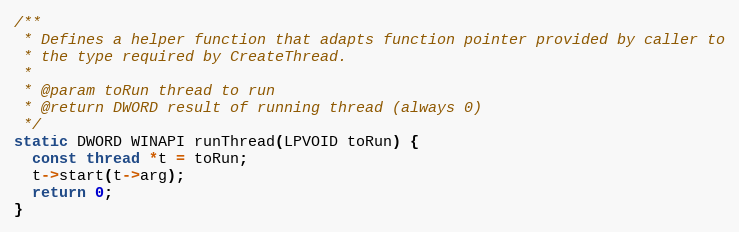
Language: C
/**
 * Defines a helper function that adapts function pointer provided by caller to
 * the type required by CreateThread.
 *
 * @param toRun thread to run
 * @return DWORD result of running thread (always 0)
 */
static DWORD WINAPI runThread(LPVOID toRun) {
  const thread *t = toRun;
  t->start(t->arg);
  return 0;
}